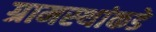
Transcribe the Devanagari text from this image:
ग्रामस्‍थांकडे